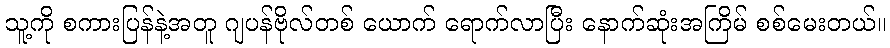
သူ့ကို စကားပြန်နဲ့အတူ ဂျပန်ဗိုလ်တစ် ယောက် ရောက်လာပြီး နောက်ဆုံးအကြိမ် စစ်မေးတယ်။